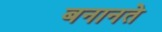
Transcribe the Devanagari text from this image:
बनानते